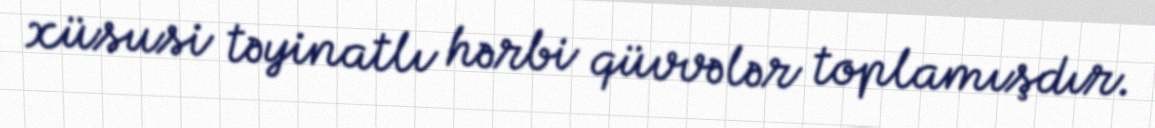
xüsusi təyinatlı hərbi qüvvələr toplamışdır.